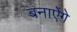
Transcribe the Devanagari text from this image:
बनाऐंगे